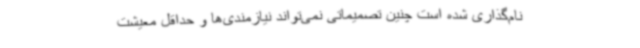
نام‌گذاری شده است چنین تصمیماتی نمی‌تواند نیازمندی‌ها و حداقل معیشت